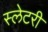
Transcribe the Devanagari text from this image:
स्लेटरी